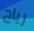
رياح